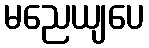
မညေယျပေ